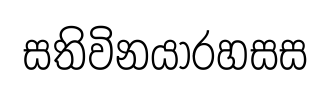
සතිවිනයාරහසස